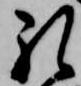
礼